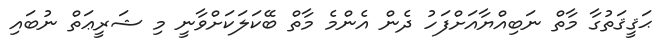
ޙަޤީޤަތުގާ މާތް ނަބިއްޔާއަށްފަހު ދެން އެންމެ މާތް ބޭކަލަކަށްވާނީ މި ޝަރީޢަތް ނުބައި